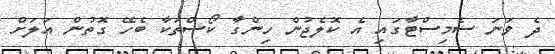
ދެ ވަނަ ސެމިސްޓާގައި އެ ކޮލެޖުން ހިންގާ ކޯސްތަކާ ބެހޭ ގޮތުން އަލަށް